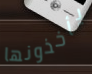
يأخذونها